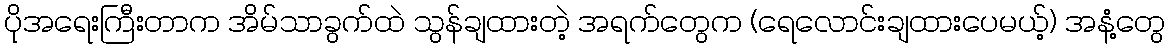
ပိုအရေးကြီးတာက အိမ်သာခွက်ထဲ သွန်ချထားတဲ့ အရက်တွေက (ရေလောင်းချထားပေမယ့်) အနံ့တွေ